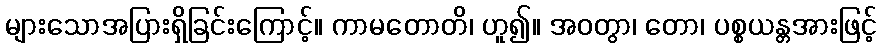
များသောအပြားရှိခြင်းကြောင့်။ ကာမတောတိ၊ ဟူ၍။ အဝတွာ၊ တော၊ ပစ္စယန္တအားဖြင့်